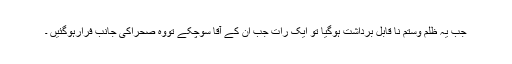
جب یہ ظلم وستم نا قابل برداشت ہوگیا تو ایک رات جب اُن کے آقا سوچکے تووہ صحراکی جانب فرارہوگئیں ۔